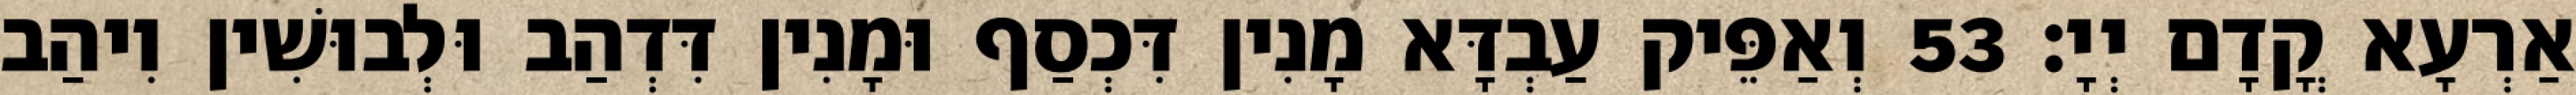
אַרְעָא קֳדָם יְיָ׃ 53 וְאַפֵּיק עַבְדָּא מָנִין דִּכְסַף וּמָנִין דִּדְהַב וּלְבוּשִׁין וִיהַב